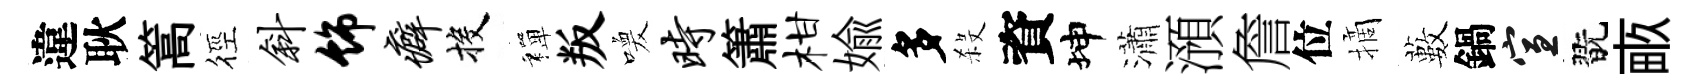
違耿篙徑斜饰癖投禪叛喚时簫柑媮多殺資坤瀟澦詹位摘藪鍋宣翫畞